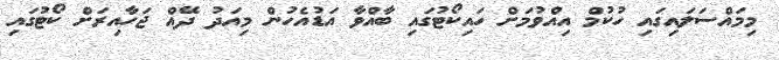
މިމައްސަލައިގައި ހުކުމް އިއްވުމަށް ހައިކޯޓުގައި ބާއްވާ އަޑުއެހުން މިއަދު ދޭއް ޖަހާއިރަށް ކޯޓުގައި